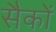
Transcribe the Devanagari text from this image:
सैकों